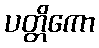
ပတ္တိကော